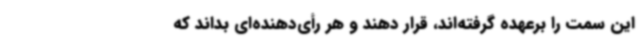
این سمت را برعهده گرفته‌اند، قرار دهند و هر رأی‌دهنده‌ای بداند که